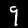
Label: 9